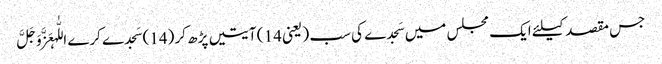
جس مقصد کیلئے ایک مجلس میں سَجدے کی سب ( یعنی 14 ) آیتیں پڑھ کر (14) سَجدے کرے اللّٰہعَزَّوَجَلَّ